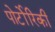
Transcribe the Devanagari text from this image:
पोर्टोरिकी